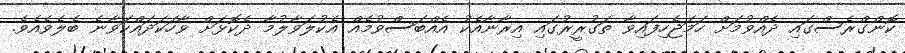
ކޮންގްރެސްގައި ދެއްވުމަށް ހަމަޖެހިފައިވާ ތަގުރީރުގައި އިރާނާއެކު އެއްބަސްވުމެއް އެކުލަވާލުމާ ދެކޮޅަށް ވާހަކަދައްކަވާނެ ބެލެވެއެވެ.